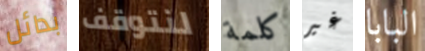
بدائل لنتوقف كلمة غير البابا